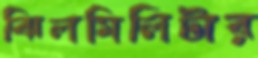
ঝিলমিলিটার